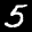
Label: 5